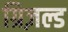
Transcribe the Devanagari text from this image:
ग्रिज़ल्ड